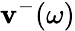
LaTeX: \mathbf{v}^{-}(\omega)